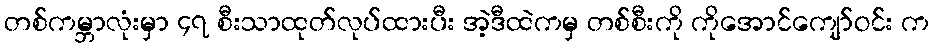
တစ်ကမ္ဘာလုံးမှာ ၄၇ စီးသာထုတ်လုပ်ထားပီး အဲ့ဒီထဲကမှ တစ်စီးကို ကိုအောင်ကျော်ဝင်း က